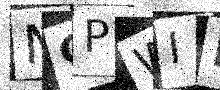
Text: NCPWIB